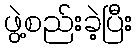
ဖွဲ့စည်းခဲ့ပြီး